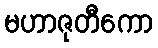
မဟာဇုတီကော